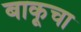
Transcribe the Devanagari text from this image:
बाकूचा